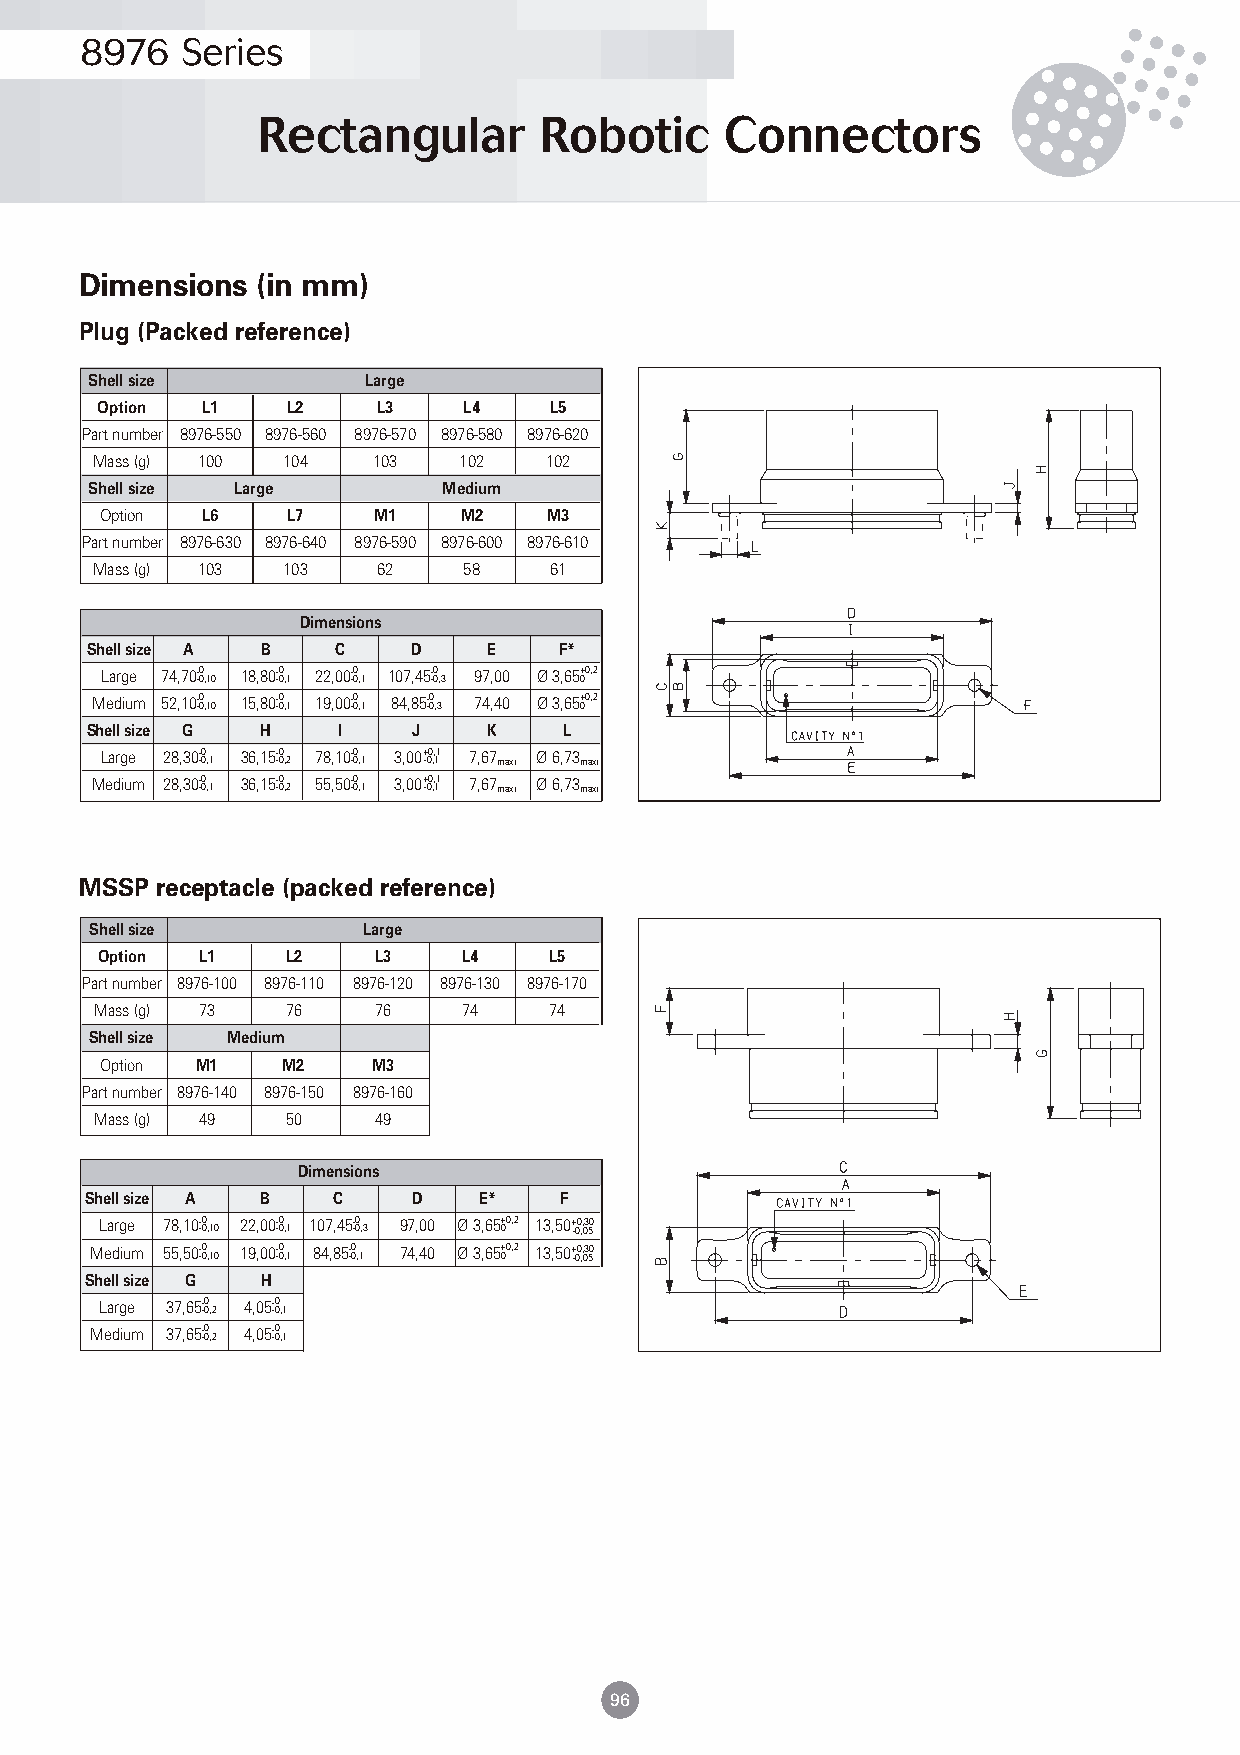
8976   Series
 Rectangular        Robotic     Connectors
 Dimensions  (in mm)
 Plug (Packed reference)
 Shell size        Large
 Option L1    L2    L3    L4   L5
 Part number 8976-550 8976-560 8976-570 8976-580 8976-620
 Mass (g) 100 104   103  102   102
 Shell size Large       Medium
 Option L6   L7    M1   M2    M3
 Part number 8976-630 8976-640 8976-590 8976-600 8976-610
 Mass (g) 103 103   62    58   61
 Dimensions
 Shell size A B  C    D    E    F*
 Large 74,70- -0 0,10 18,80- -0 0,1 22,00- -0 0,1 107,45- -0 0,3 97,00 Ø 3,65+ 00,2
 Medium 52,10- -0 0,10 15,80- -0 0,1 19,00- -0 0,1 84,85- -0 0,3 74,40 Ø 3,65+ 00,2
 Shell size G H  I    J    K    L
 Large 28,30- -0 0,1 36,15- -0 0,2 78,10- -0 0,1 3,00+ -00 ,, 11 7,67 maxi Ø 6,73 maxi
 Medium 28,30- -0 0,1 36,15- -0 0,2 55,50- -0 0,1 3,00+ -00 ,, 11 7,67 maxi Ø 6,73 maxi
 MSSP receptacle (packed reference)
 Shell size        Large
 Option L1   L2    L3    L4   L5
 Part number 8976-100 8976-110 8976-120 8976-130 8976-170
 Mass (g) 73  76    76    74   74
 Shell size Medium
 Option M1   M2    M3
 Part number 8976-140 8976-150 8976-160
 Mass (g) 49  50    49
 Dimensions
 Shell size A B  C    D    E*   F
 Large 78,10- -0 0,10 22,00- -0 0,1 107,45- -0 0,3 97,00 Ø 3,65+ 00,2 13,50+ -00 ,, 03 50
 Medium 55,50- -0 0,10 19,00- -0 0,1 84,85- -0 0,1 74,40 Ø 3,65+ 00,2 13,50+ -00 ,, 03 50
 Shell size G H
 Large 37,65- -0 0,2 4,05- -0 0,1
 Medium 37,65- -0 0,2 4,05- -0 0,1
 96